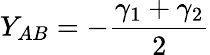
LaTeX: Y_{AB}=-\frac{\gamma_{1}+\gamma_{2}}{2}